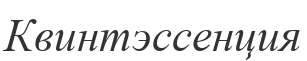
Квинтэссенция